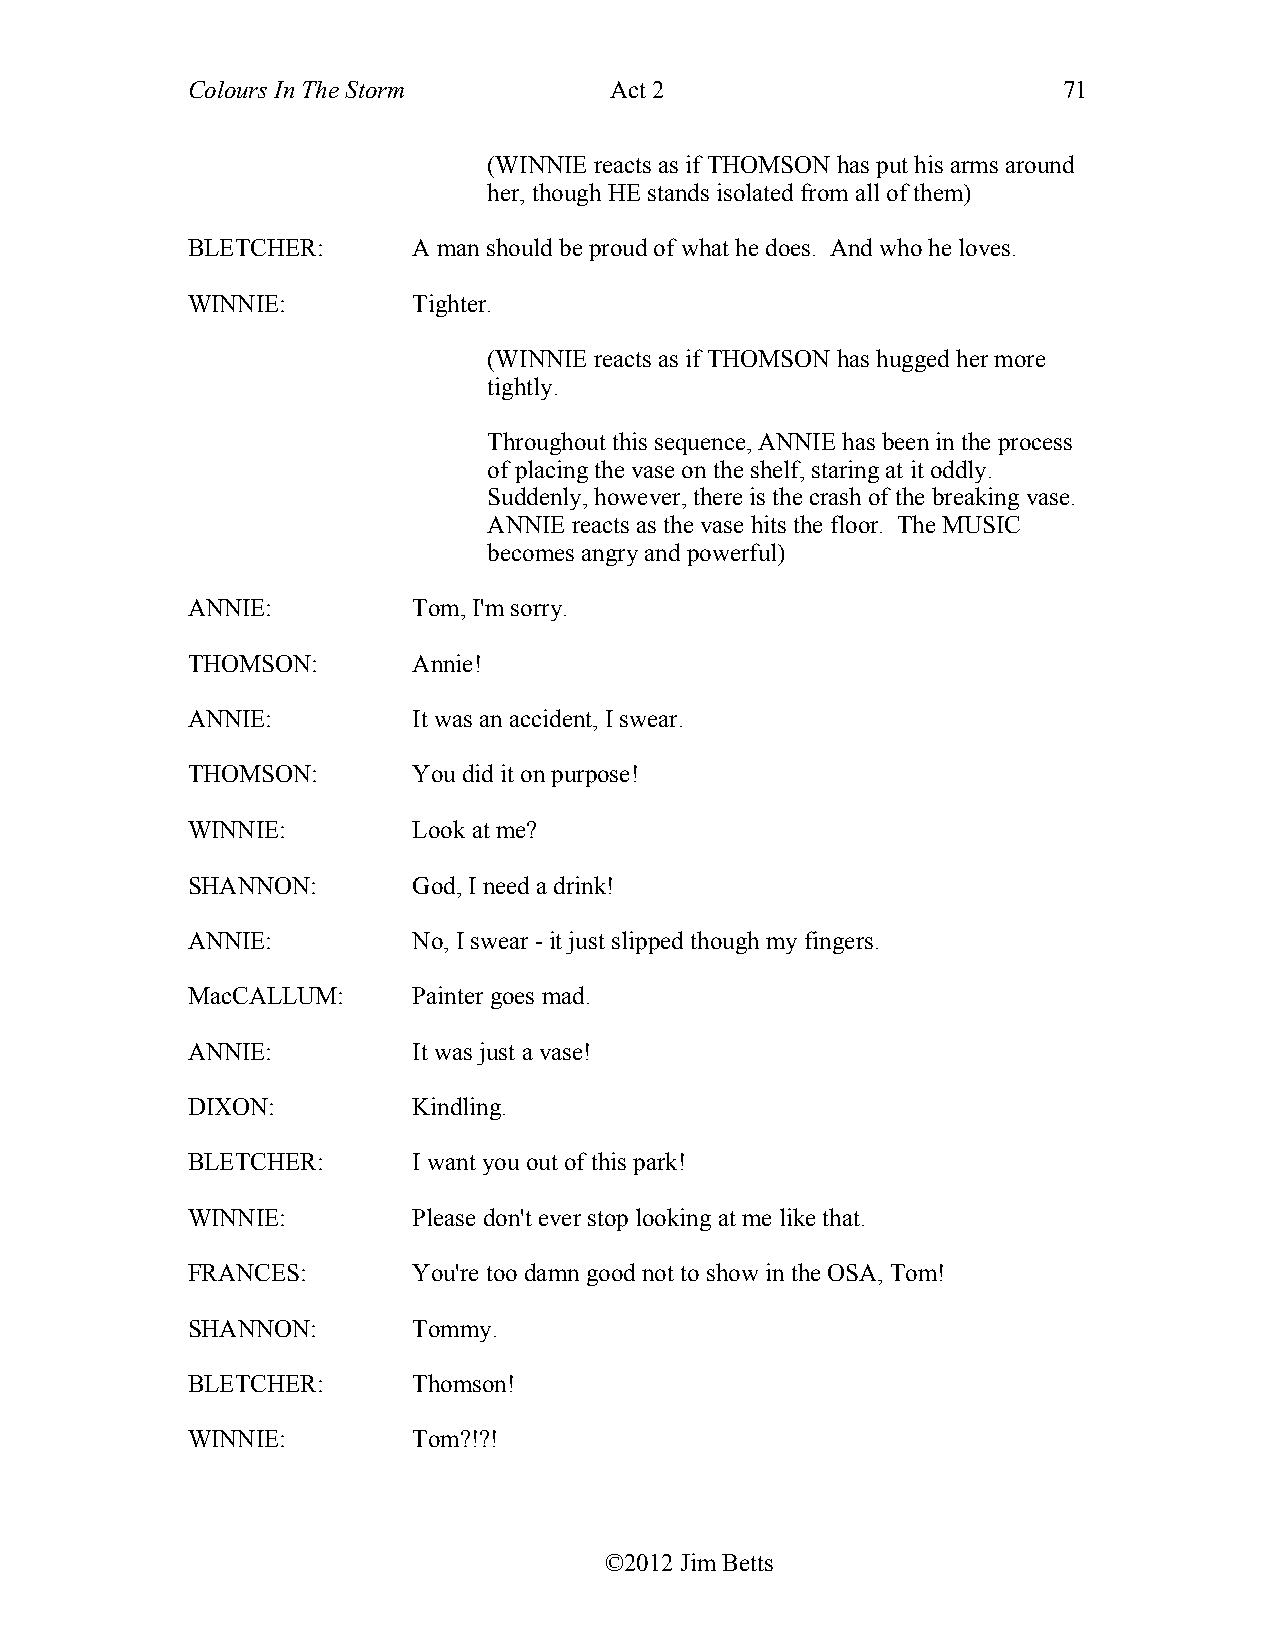
Colours In The Storm        Act 2                         71
 (WINNIE reacts as if THOMSON has put his arms around
 her, though HE stands isolated from all of them)
 BLETCHER:      A man should be proud of what he does. And who he loves.
 WINNIE:        Tighter.
 (WINNIE reacts as if THOMSON has hugged her more
 tightly.
 Throughout this sequence, ANNIE has been in the process
 of placing the vase on the shelf, staring at it oddly.
 Suddenly, however, there is the crash of the breaking vase.
 ANNIE reacts as the vase hits the floor. The MUSIC
 becomes angry and powerful)
 ANNIE:         Tom, I'm sorry.
 THOMSON:       Annie!
 ANNIE:         It was an accident, I swear.
 THOMSON:       You did it on purpose!
 WINNIE:        Look at me?
 SHANNON:       God, I need a drink!
 ANNIE:         No, I swear - it just slipped though my fingers.
 MacCALLUM:     Painter goes mad.
 ANNIE:         It was just a vase!
 DIXON:         Kindling.
 BLETCHER:      I want you out of this park!
 WINNIE:        Please don't ever stop looking at me like that.
 FRANCES:       You're too damn good not to show in the OSA, Tom!
 SHANNON:       Tommy.
 BLETCHER:      Thomson!
 WINNIE:        Tom?!?!
 ©2012 Jim Betts